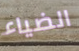
الضياء